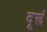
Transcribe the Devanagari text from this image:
दूरूं